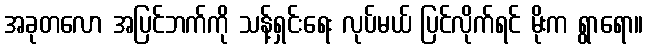
အခုတလော အပြင်ဘက်ကို သန့်ရှင်းရေး လုပ်မယ် ပြင်လိုက်ရင် မိုးက ရွာရော။